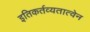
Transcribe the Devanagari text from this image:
इतिकर्तव्यतात्वेन